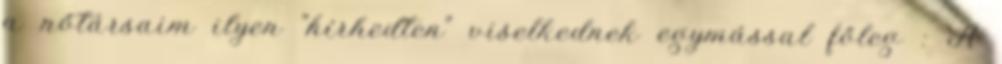
a nőtársaim ilyen "hírhedten" viselkednek egymással főleg : A